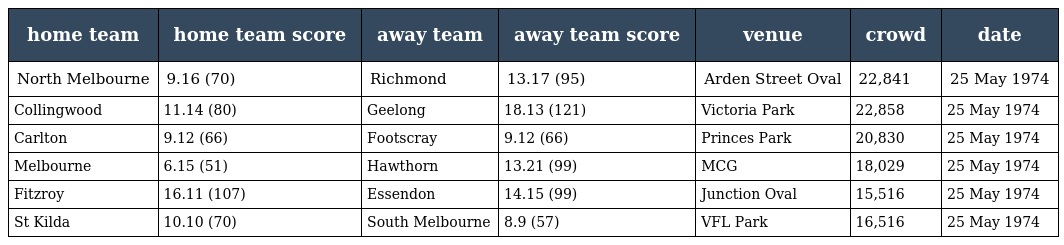
| home team | home team score | away team | away team score | venue | crowd | date |
 | --- | --- | --- | --- | --- | --- | --- |
 | North Melbourne | 9.16 (70) | Richmond | 13.17 (95) | Arden Street Oval | 22,841 | 25 May 1974 |
 | Collingwood | 11.14 (80) | Geelong | 18.13 (121) | Victoria Park | 22,858 | 25 May 1974 |
 | Carlton | 9.12 (66) | Footscray | 9.12 (66) | Princes Park | 20,830 | 25 May 1974 |
 | Melbourne | 6.15 (51) | Hawthorn | 13.21 (99) | MCG | 18,029 | 25 May 1974 |
 | Fitzroy | 16.11 (107) | Essendon | 14.15 (99) | Junction Oval | 15,516 | 25 May 1974 |
 | St Kilda | 10.10 (70) | South Melbourne | 8.9 (57) | VFL Park | 16,516 | 25 May 1974 |